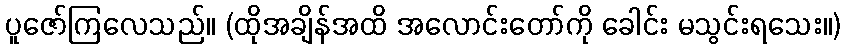
ပူဇော်ကြလေသည်။ (ထိုအချိန်အထိ အလောင်းတော်ကို ခေါင်း မသွင်းရသေး။)